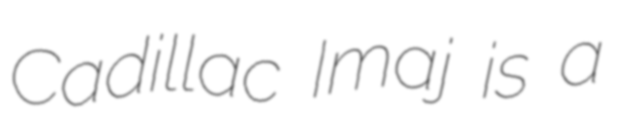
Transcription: Cadillac Imaj is a